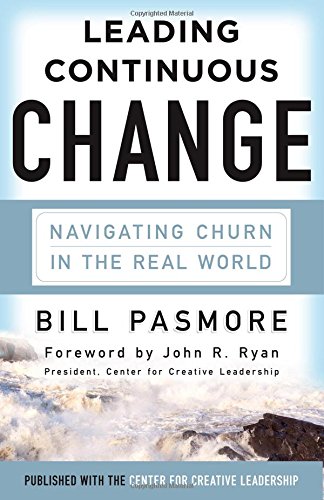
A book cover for Leading Continuous Change: Navigating Churn in the Real World; Bill Pasmore; Business & Money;